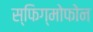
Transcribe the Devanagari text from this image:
स्फिग्मोफोन